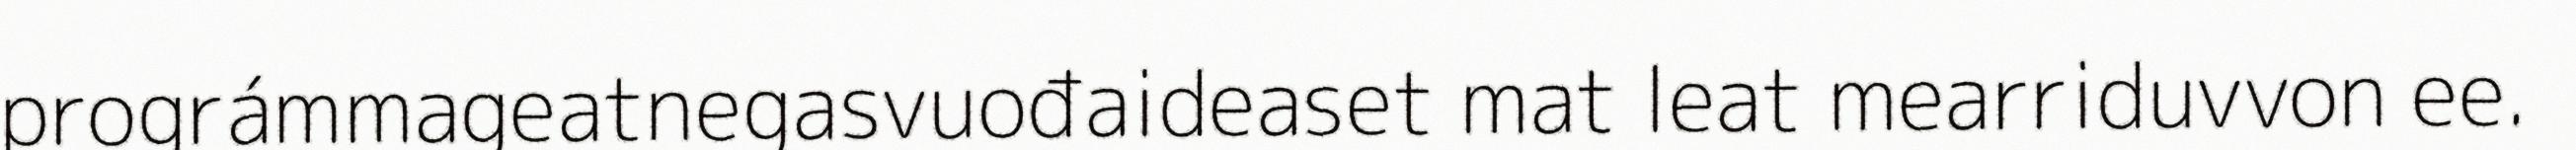
prográmmageatnegasvuođaideaset mat leat mearriduvvon ee.